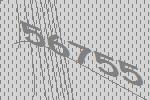
56755